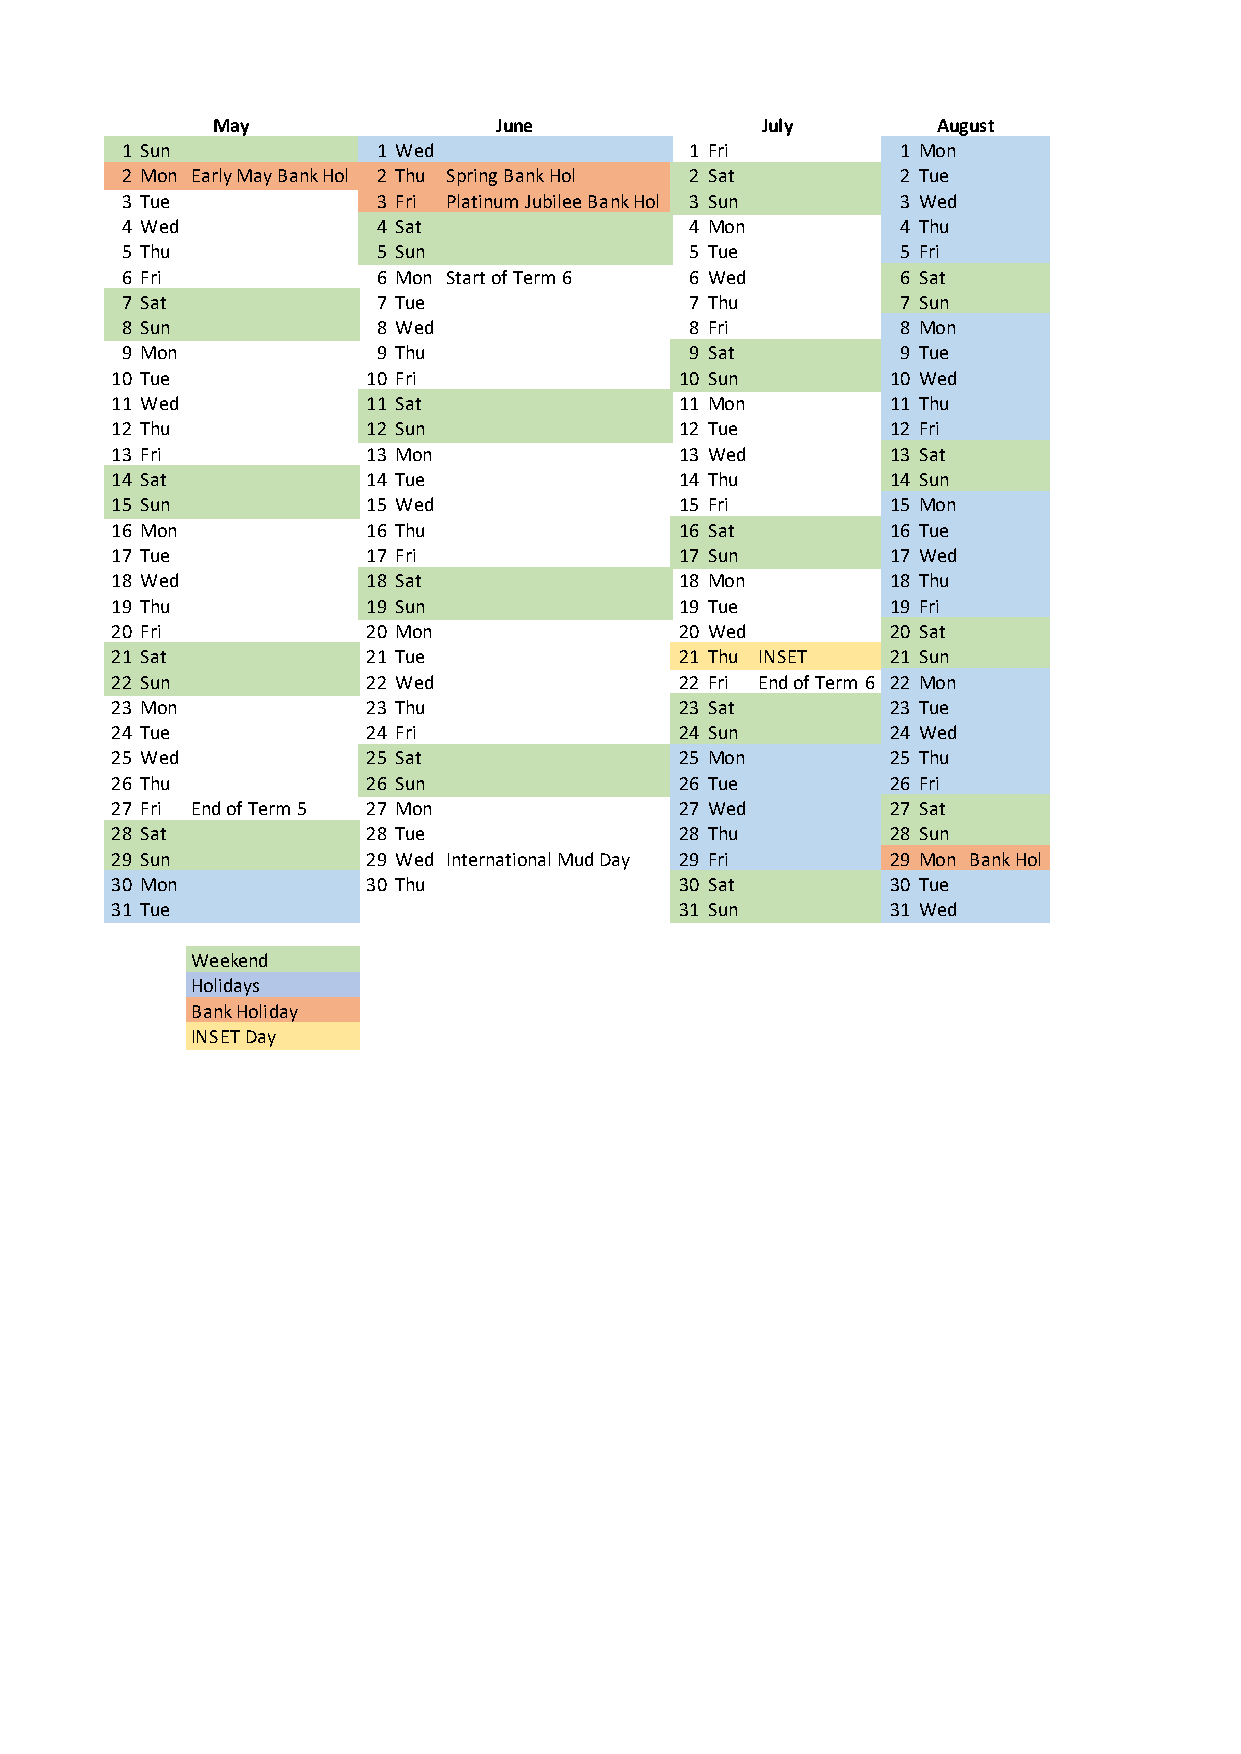
May                June             July        August
 1 Sun            1 Wed                1 Fri         1 Mon
 2 Mon Early May Bank Hol 2 Thu Spring Bank Hol 2 Sat 2 Tue
 3 Tue            3 Fri Platinum Jubilee Bank Hol 3 Sun 3 Wed
 4 Wed            4 Sat                4 Mon         4 Thu
 5 Thu            5 Sun                5 Tue         5 Fri
 6 Fri            6 Mon Start of Term 6 6 Wed        6 Sat
 7 Sat            7 Tue                7 Thu         7 Sun
 8 Sun            8 Wed                8 Fri         8 Mon
 9 Mon            9 Thu                9 Sat         9 Tue
 10 Tue           10 Fri               10 Sun        10 Wed
 11 Wed           11 Sat               11 Mon        11 Thu
 12 Thu           12 Sun               12 Tue        12 Fri
 13 Fri           13 Mon               13 Wed        13 Sat
 14 Sat           14 Tue               14 Thu        14 Sun
 15 Sun           15 Wed               15 Fri        15 Mon
 16 Mon           16 Thu               16 Sat        16 Tue
 17 Tue           17 Fri               17 Sun        17 Wed
 18 Wed           18 Sat               18 Mon        18 Thu
 19 Thu           19 Sun               19 Tue        19 Fri
 20 Fri           20 Mon               20 Wed        20 Sat
 21 Sat           21 Tue               21 Thu INSET  21 Sun
 22 Sun           22 Wed               22 Fri End of Term 6 22 Mon
 23 Mon           23 Thu               23 Sat        23 Tue
 24 Tue           24 Fri               24 Sun        24 Wed
 25 Wed           25 Sat               25 Mon        25 Thu
 26 Thu           26 Sun               26 Tue        26 Fri
 27 Fri End of Term 5 27 Mon           27 Wed        27 Sat
 28 Sat           28 Tue               28 Thu        28 Sun
 29 Sun           29 Wed International Mud Day 29 Fri 29 Mon Bank Hol
 30 Mon           30 Thu               30 Sat        30 Tue
 31 Tue                                31 Sun        31 Wed
 Weekend
 Holidays
 Bank Holiday
 INSET Day